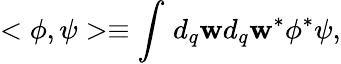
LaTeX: <\phi,\psi>\equiv\int_{}^{}d_{q}\mathbf{w}d_{q}\mathbf{w}^{\ast}\phi^{\ast}\psi,